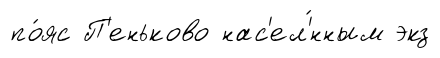
по́яс П'еньково нас'ел'́нным экз